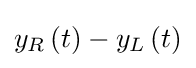
y_{R}\left(t\right)-y_{L}\left(t\right)